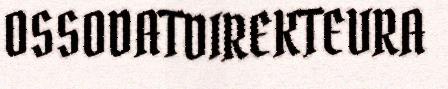
OSSODATDIREKTEVRA